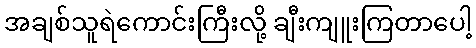
အချစ်သူရဲကောင်းကြီးလို့ ချီးကျူးကြတာပေါ့